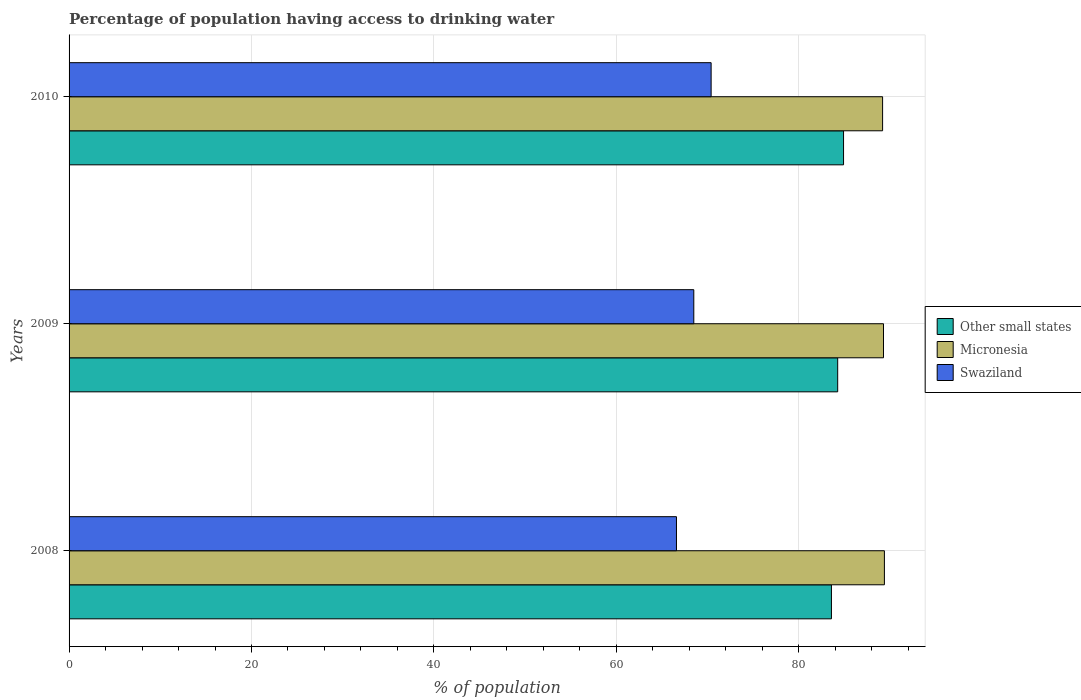
| Years | Other small states | Micronesia | Swaziland |
 | --- | --- | --- | --- |
 | 2008 | 83.6 | 89.4 | 66.6 |
 | 2009 | 84.3 | 89.3 | 68.5 |
 | 2010 | 84.9 | 89.2 | 70.4 |